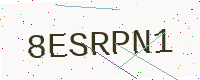
Text: 8ESRPN1